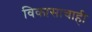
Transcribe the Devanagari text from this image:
विकासाचाही